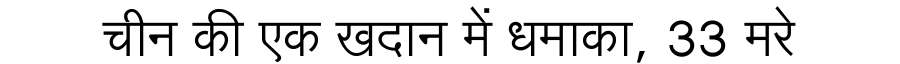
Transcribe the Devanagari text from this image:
चीन की एक खदान में धमाका, 33 मरे